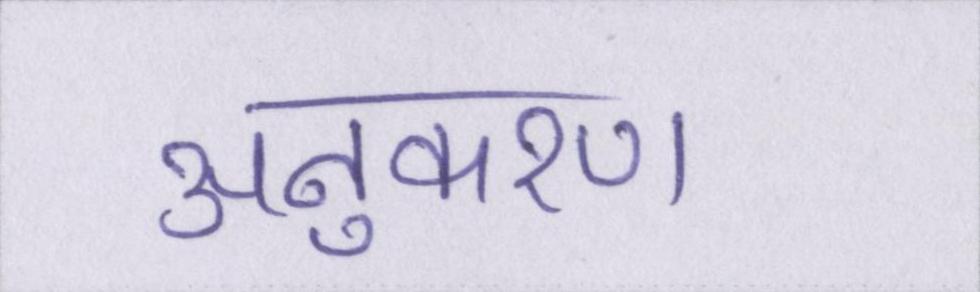
अनुकरण